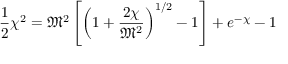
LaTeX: { \frac { 1 } { 2 } } \chi ^ { 2 } = { \mathfrak { M } } ^ { 2 } \left[ \left( 1 + { \frac { 2 \chi } { { \mathfrak { M } } ^ { 2 } } } \right) ^ { 1 / 2 } - 1 \right] + e ^ { - \chi } - 1